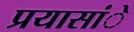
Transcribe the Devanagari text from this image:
प्रयासांे